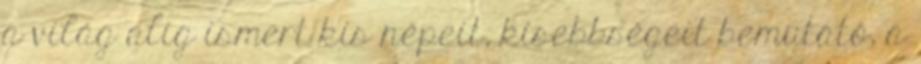
a világ alig ismert kis népeit, kisebbségeit bemutató, a